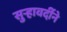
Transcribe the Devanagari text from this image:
सुर्‍हावर्दीने